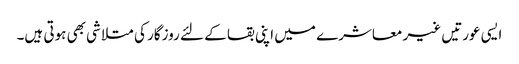
ایسی عورتیں غیر معاشرے میں اپنی بقا کے لئے روزگار کی متلاشی بھی ہوتی ہیں۔